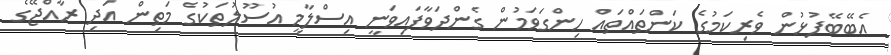
އެބޭބޭފުޅުން ވެރިކަމުގެ ކަންތައްތައް ހިންގަވަމުން ގެންދަވާފައިވަނީ އިސްލާމީ އުސޫލުތަކުގެ މަތިން އަދި ރާއްޖޭގެ